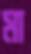
মা